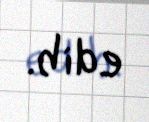
edib.